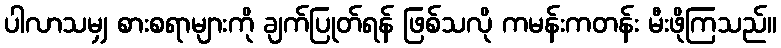
ပါလာသမျှ စားစရာများကို ချက်ပြုတ်ရန် ဖြစ်သလို ကမန်းကတန်း မီးဖိုကြသည်။